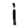
Digit: 1